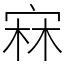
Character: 㝝